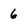
Character: 6